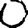
Digit: 0